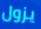
يزول